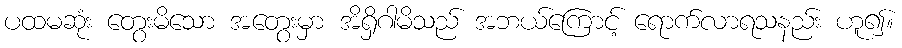
ပထမဆုံး တွေးမိသော အတွေးမှာ အိရှိဂါမိသည် အဘယ်ကြောင့် ရောက်လာရသနည်း ဟူ၍။